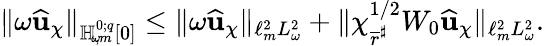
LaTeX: \lVert\omega\widehat{\mathbf{u}}_{\chi}\rVert_{{\mathbb{H}_{\! \omega\! ,m}^{0;{q}}}[0]}\leq\lVert\omega\widehat{\mathbf{u}}_{\chi}\rVert_{\ell_{m}^{2}L_{\omega}^{2}}+\lVert\chi_{\overline{{r}}^{\sharp}}^{1/2}W_{0}\widehat{\mathbf{u}}_{\chi}\rVert_{\ell_{m}^{2}L_{\omega}^{2}}.